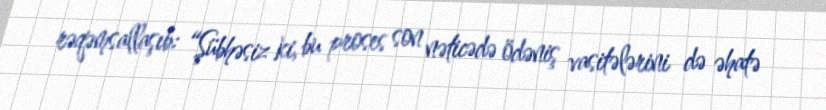
rəqəmsallaşıb: “Şübhəsiz ki, bu proses son nəticədə ödəniş vasitələrini də əhatə